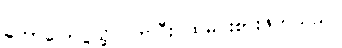
ဟောပြောပွဲသို့ လာပြီး ထမင်းစားဖိတ်သည်။